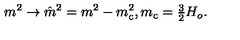
m ^ { 2 } \to \hat { m } ^ { 2 } = m ^ { 2 } - m _ { \mathrm { c } } ^ { 2 } , m _ { \mathrm { c } } = { \textstyle { \frac { 3 } { 2 } } } H _ { o } .